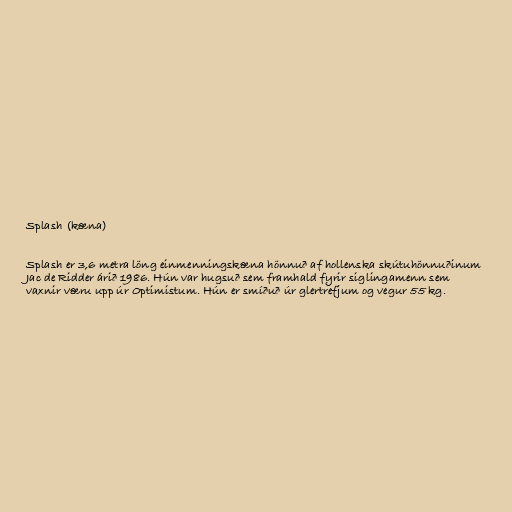
Splash (kæna)

Splash er 3,6 metra löng einmenningskæna hönnuð af hollenska skútuhönnuðinum
Jac de Ridder árið 1986. Hún var hugsuð sem framhald fyrir siglingamenn sem
vaxnir væru upp úr Optimistum. Hún er smíðuð úr glertrefjum og vegur 55 kg.